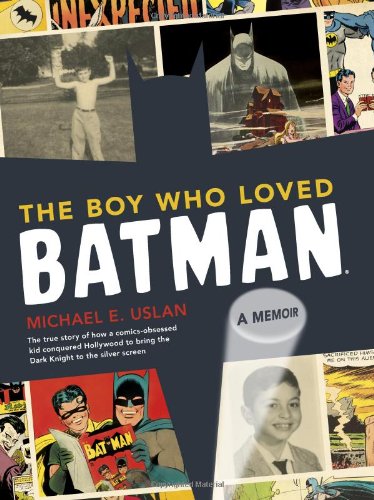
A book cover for The Boy Who Loved Batman: A Memoir; Michael Uslan; Humor & Entertainment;